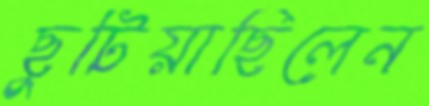
ছুটিয়াছিলেন